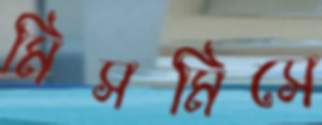
মিসমিসে